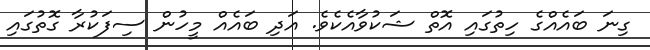
ގިނަ ބައެެއްގެ ހިތުގައި އޮތް ޝަކުވާއެކެވެ. އަދި ބައެއް މީހުން ސިފަކުރާ ގޮތުގައި